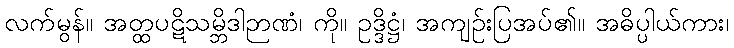
လက်မွန်။ အတ္ထပဋိသမ္ဘိဒါဉာဏံ၊ ကို။ ဥဒ္ဒိဋ္ဌံ၊ အကျဉ်းပြအပ်၏။ အဓိပ္ပါယ်ကား၊